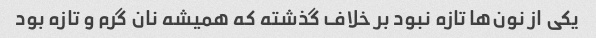
یکی از نون‌ها تازه نبود بر خلاف گذشته که همیشه نان گرم و تازه بود